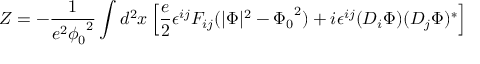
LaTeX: Z = - \frac { 1 } { e ^ { 2 } { \phi _ { 0 } } ^ { 2 } } \int d ^ { 2 } x \left[ \frac { e } { 2 } \epsilon ^ { i j } F _ { i j } ( \vert \Phi \vert ^ { 2 } - { \Phi _ { 0 } } ^ { 2 } ) + i \epsilon ^ { i j } ( D _ { i } \Phi ) ( D _ { j } \Phi ) ^ { * } \right]